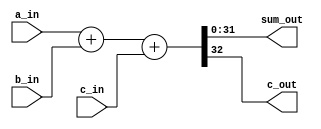
//-----------------------------------------------------------
// Creator : Terry Ye
// Function: 32 bits full adder
// Update  :
// Coryright: www.SUSTec.com
//-----------------------------------------------------------

module adder32(       
  // module head: verillog-2001 format
  input  wire [31:0] a_in,
  input  wire [31:0] b_in,
  input  wire [ 0:0] c_in,     // carry in
  output wire [31:0] sum_out,
  output wire [ 0:0] c_out     // carry out
);

  // behavior of the adder can be synthesizable
  // "assign" means connectivity
  assign {c_out, sum_out} = a_in + b_in + c_in;

endmodule